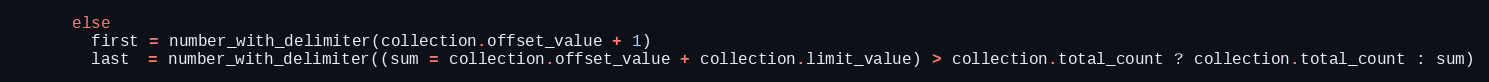
Language: Ruby
      else
        first = number_with_delimiter(collection.offset_value + 1)
        last  = number_with_delimiter((sum = collection.offset_value + collection.limit_value) > collection.total_count ? collection.total_count : sum)